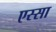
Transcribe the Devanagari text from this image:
एस्सा